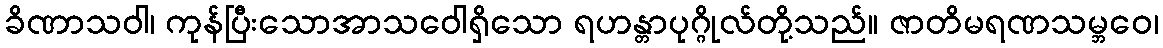
ခိဏာသဝါ၊ ကုန်ပြီးသောအာသဝေါရှိသော ရဟန္တာပုဂ္ဂိုလ်တို့သည်။ ဇာတိမရဏသမ္ဘဝေ၊